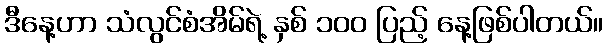
ဒီနေ့ဟာ သံလွင်စံအိမ်ရဲ့ နှစ် ၁၀၀ ပြည့် နေ့ဖြစ်ပါတယ်။